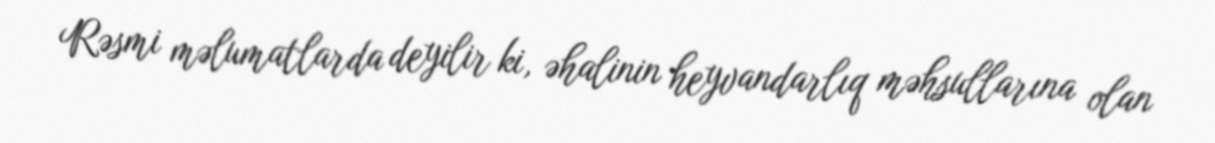
Rəsmi məlumatlarda deyilir ki, əhalinin heyvandarlıq məhsullarına olan